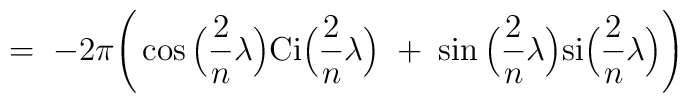
= \;- 2\pi \Bigg( \cos\Big(\frac{2}{n}\lambda\Big)\mbox{Ci}\Big(\frac{2}{n}\lambda\Big) \;+ \; \sin\Big(\frac{2}{n}\lambda\Big)\mbox{si}\Big(\frac{2}{n}\lambda\Big) \Bigg)